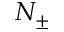
N _ { \pm }